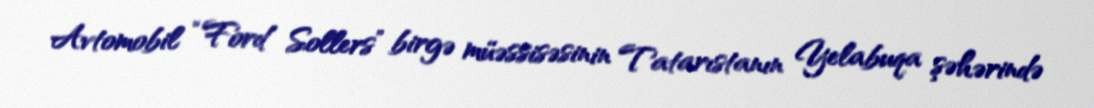
Avtomobil “Ford Sollers” birgə müəssisəsinin Tatarıstanın Yelabuqa şəhərində